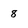
Character: 8